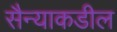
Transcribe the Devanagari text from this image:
सैन्याकडील